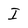
Character: I